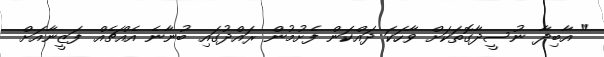
" އާބިދާ ނުސީދާގޮތަކަށް ވާހަކަ ދައްކަން ފެށުމުން ރައްދުގައި ބުނާނެ އެއްޗެއް ފަޒީނާއަށް